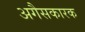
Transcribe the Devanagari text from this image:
अगैसकारक